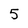
Character: 5